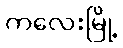
ကလေးမြို့